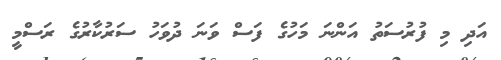
އަދި މި ފުރުސަތު އަންނަ މަހުގެ ފަސް ވަނަ ދުވަހު ސަރުކާރުގެ ރަސްމީ